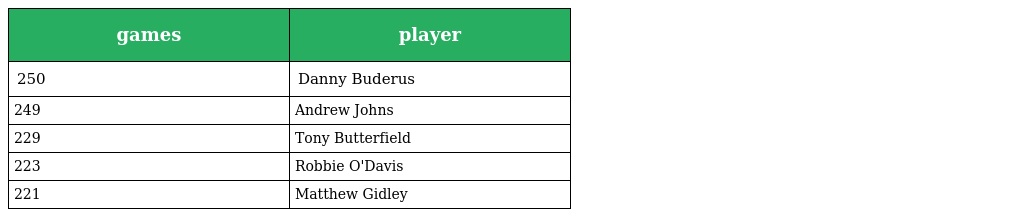
| games | player |
 | --- | --- |
 | 250 | Danny Buderus |
 | 249 | Andrew Johns |
 | 229 | Tony Butterfield |
 | 223 | Robbie O'Davis |
 | 221 | Matthew Gidley |